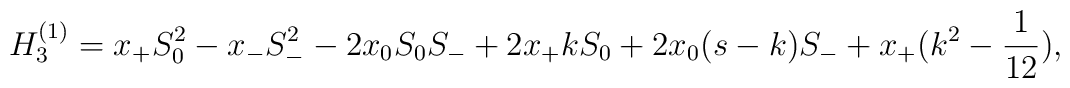
H_{3}^{(1)}=x_{+}S_{0}^2 -x_{-}S_{-}^{2}-2x_0 S_0 S_{-}+2x_{+}kS_0+2x_0 (s-k)S_{-}+x_{+}(k^2 -\frac{1}{12}),